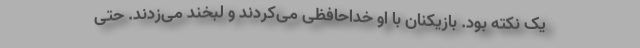
یک نکته بود. بازیکنان با او خداحافظی می‌کردند و لبخند می‌زدند. حتی